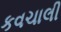
કવચાલી